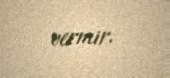
vermir.